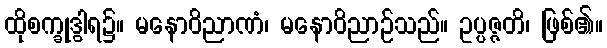
ထိုစက္ခုဒွါရ၌။ မနောဝိညာဏံ၊ မနောဝိညာဉ်သည်။ ဥပ္ပဇ္ဇတိ၊ ဖြစ်၏။